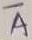
Text: A